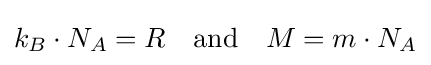
k_{B}\cdot N_{A}=R\quad {\text{and}}\quad M=m\cdot N_{A}